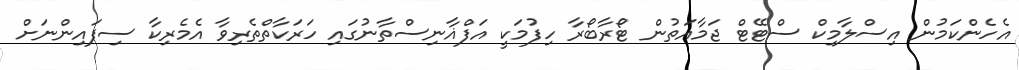
އެހެންކަމުން އިސްލާމިކް ސްޓޭޓް ޖަމާއަތުން ޓޯރާބޯރާ ހިފުމަކީ އަފްޣާނިސްތާނުގައި ހަރަކާތްތެރިވާ އެމެރިކާ ސިފައިންނަށް